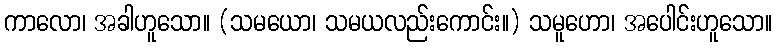
ကာလော၊ အခါဟူသော။ (သမယော၊ သမယလည်းကောင်း။) သမူဟော၊ အပေါင်းဟူသော။